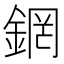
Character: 龬